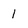
Character: 1